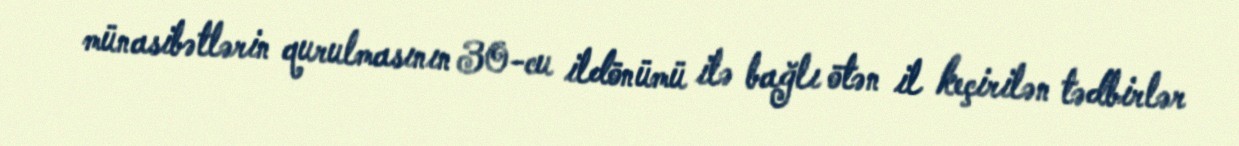
münasibətlərin qurulmasının 30-cu ildönümü ilə bağlı ötən il keçirilən tədbirlər